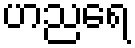
ဟညရေ